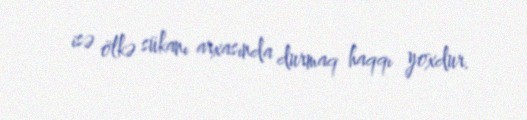
isə ölkə sükanı arxasında durmaq haqqı yoxdur.